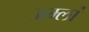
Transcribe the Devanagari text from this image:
अम्लां